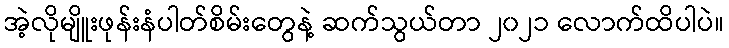
အဲ့လိုမျိူးဖုန်းနံပါတ်စိမ်းတွေနဲ့ ဆက်သွယ်တာ ၂၀၂၁ လောက်ထိပါပဲ။